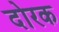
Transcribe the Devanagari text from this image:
दोरक